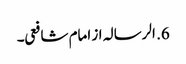
6. الرسالہ از امام شافعی۔